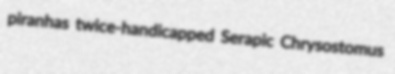
piranhas twice-handicapped Serapic Chrysostomus